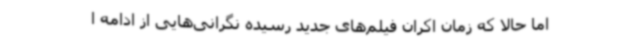
اما حالا که زمان اکران فیلم‌های جدید رسیده نگرانی‌هایی از ادامه ا